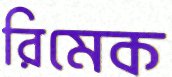
রিমেক